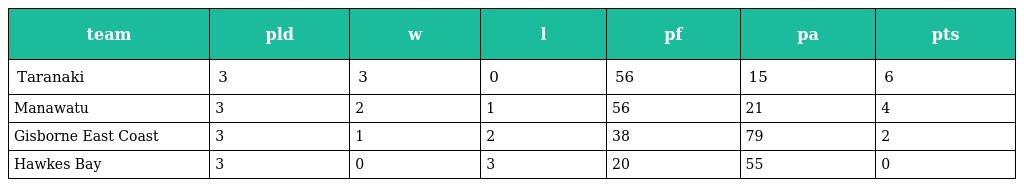
| team | pld | w | l | pf | pa | pts |
 | --- | --- | --- | --- | --- | --- | --- |
 | Taranaki | 3 | 3 | 0 | 56 | 15 | 6 |
 | Manawatu | 3 | 2 | 1 | 56 | 21 | 4 |
 | Gisborne East Coast | 3 | 1 | 2 | 38 | 79 | 2 |
 | Hawkes Bay | 3 | 0 | 3 | 20 | 55 | 0 |